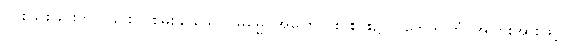
ပိုင်းခြားခြင်းကိုပြုခြင်းငှါ စွမ်းနိုင်သော။ ဓမ္မေ၊ အကြောင်းငါးပါး၌။ ပဘေဒဂတံ၊ အပြားအားဖြင့်